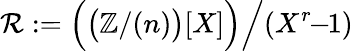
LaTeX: \mathcal{R}:={\Bigl(}{\bigl(}\mathbb{{Z}}/(n){\bigr)}[X]{\Bigr)}{\Bigl/}(X^{r}\! \! -\! \! 1){\Bigr.}